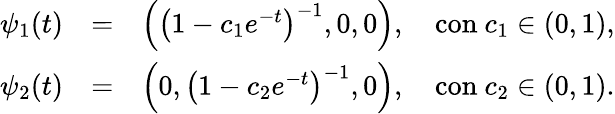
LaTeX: \begin{array}{rlr}{\psi_{1}(t)}&{=}&{\left(\left(1-c_{1}e^{-t}\right)^{-1},0,0\right),\quad\mathrm{con~}c_{1}\in(0,1),}\\ {\psi_{2}(t)}&{=}&{\left(0,\left(1-c_{2}e^{-t}\right)^{-1},0\right),\quad\mathrm{con~}c_{2}\in(0,1).}\end{array}